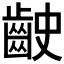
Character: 𪗧